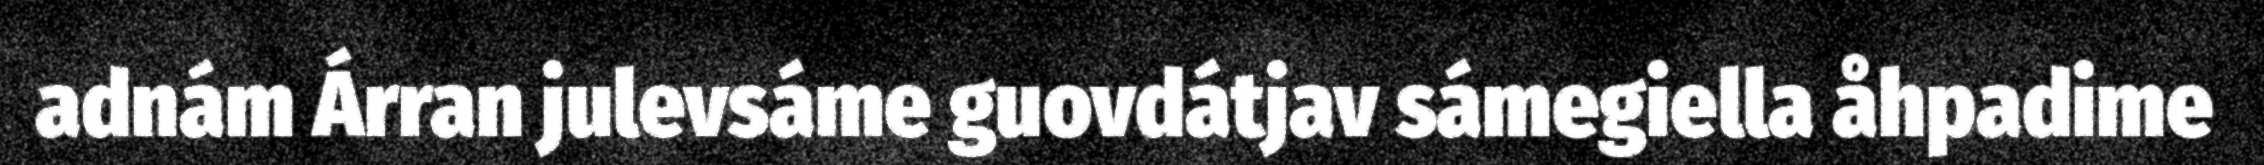
adnám Árran julevsáme guovdátjav sámegiella åhpadime